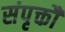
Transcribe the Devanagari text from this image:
संपृक्तौ